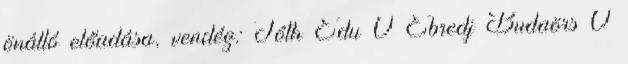
önálló előadása, vendég: Tóth Edu 0 Ébredj Budaörs 0